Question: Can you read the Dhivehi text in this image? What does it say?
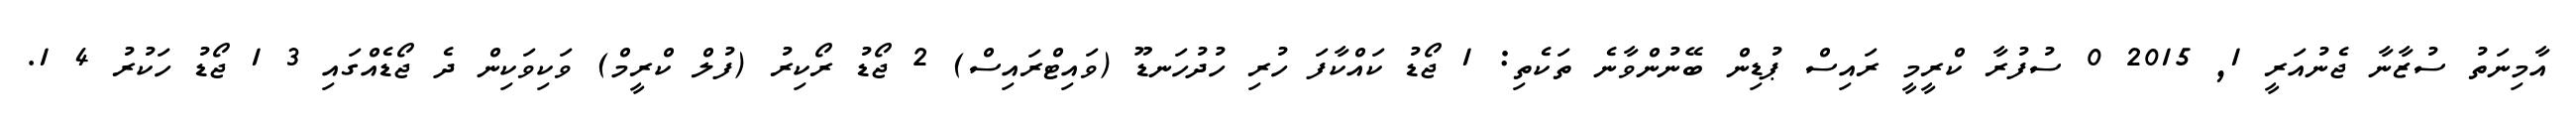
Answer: އާމިނަތު ސުޒާނާ ޖެނުއަރީ 1, 2015 0 ސުފުރާ ކްރީމީ ރައިސް ޕުޑިން ބޭނުންވާނެ ތަކެތި: 1 ޖޯޑު ކައްކާފަ ހުރި ހުދުހަނޑޫ (ވައިޓްރައިސް) 2 ޖޯޑު ރޯކިރު (ފުލް ކްރީމް) ވަކިވަކިން ދެ ޖޯޑެއްގައި 3 1 ޖޯޑު ހަކުރު 4 1.